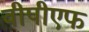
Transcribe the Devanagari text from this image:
वीपीएफ